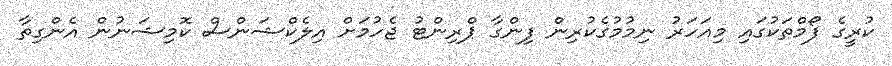
ކުރީގެ ފޯމްތަކުގައި މިއަހަރު ނިމުމުގެކުރިން ފިންގާ ޕްރިންޓު ޖެހުމަށް އިލެކްޝަންސް ކޮމިޝަނުން އެންގިތާ